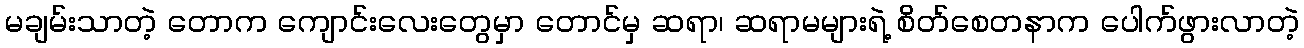
မချမ်းသာတဲ့ တောက ကျောင်းလေးတွေမှာ တောင်မှ ဆရာ၊ ဆရာမများရဲ့ စိတ်စေတနာက ပေါက်ဖွားလာတဲ့